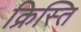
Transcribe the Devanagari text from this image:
क्रिस्ति